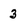
Character: 3